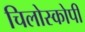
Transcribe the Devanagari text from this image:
चिलोस्कोपी